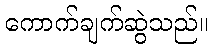
ကောက်ချက်ဆွဲသည်။